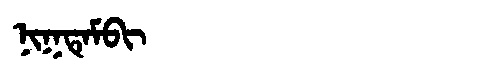
Manchu: ᠨᡳᡴᡨᡝᠮᠪᡳ
Romanization: NIKTEMBI